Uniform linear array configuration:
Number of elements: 32
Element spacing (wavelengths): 0.25
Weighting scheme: exponential
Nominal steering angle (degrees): -15
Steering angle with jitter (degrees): -14.259
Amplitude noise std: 0.05
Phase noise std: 0.05

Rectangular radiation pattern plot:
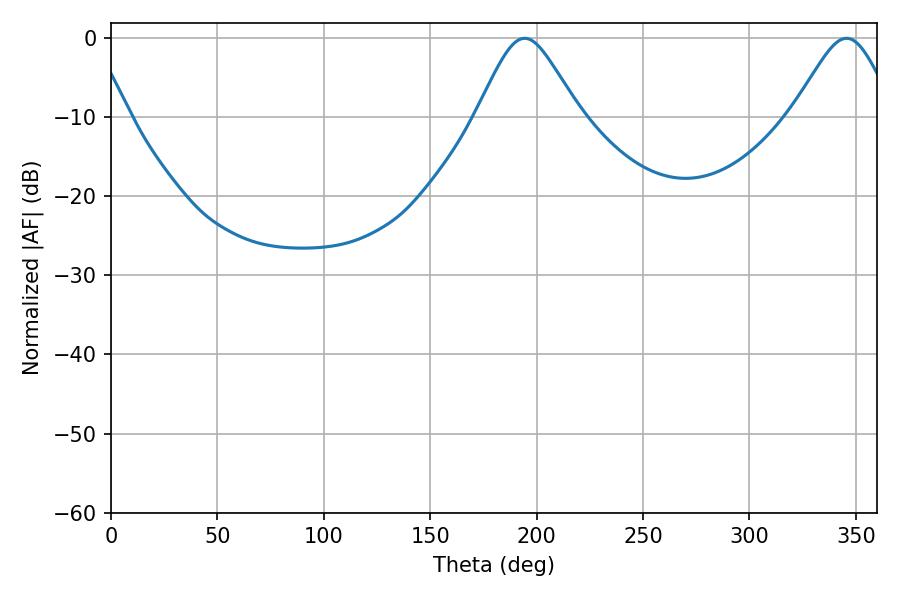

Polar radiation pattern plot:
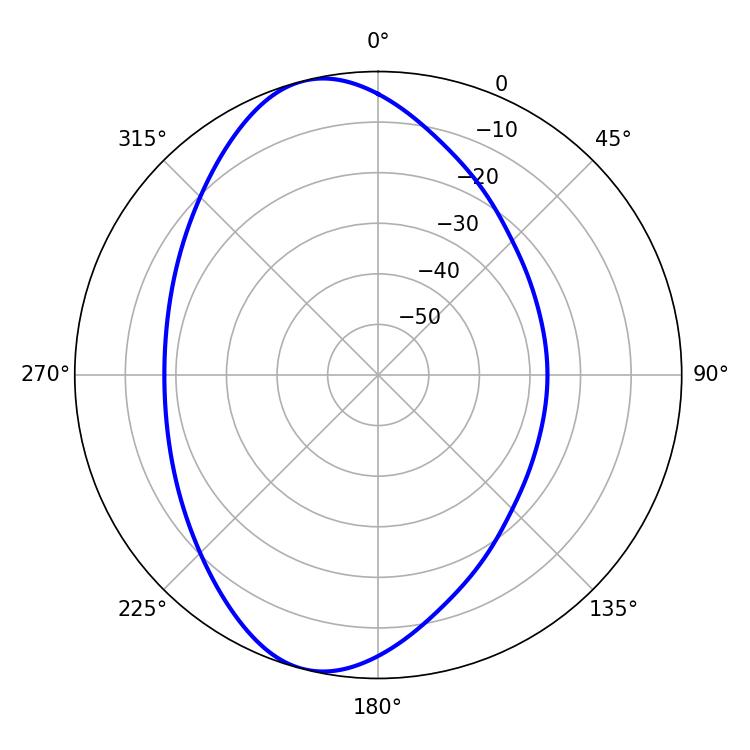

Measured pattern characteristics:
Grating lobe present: FALSE
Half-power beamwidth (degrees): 23.58
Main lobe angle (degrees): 194.4